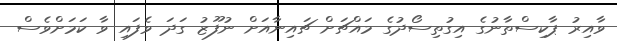
ވާއިރު ޕާކިސްތާނުގެ އިގުތިސޯދުގެ މައްޗަށް ޗައިނާއަށް ނުފޫޒު ގަދަ ވެފައި ވާ ކަމަށްވެސް